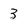
Character: 3